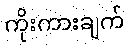
ကိုးကားချက်